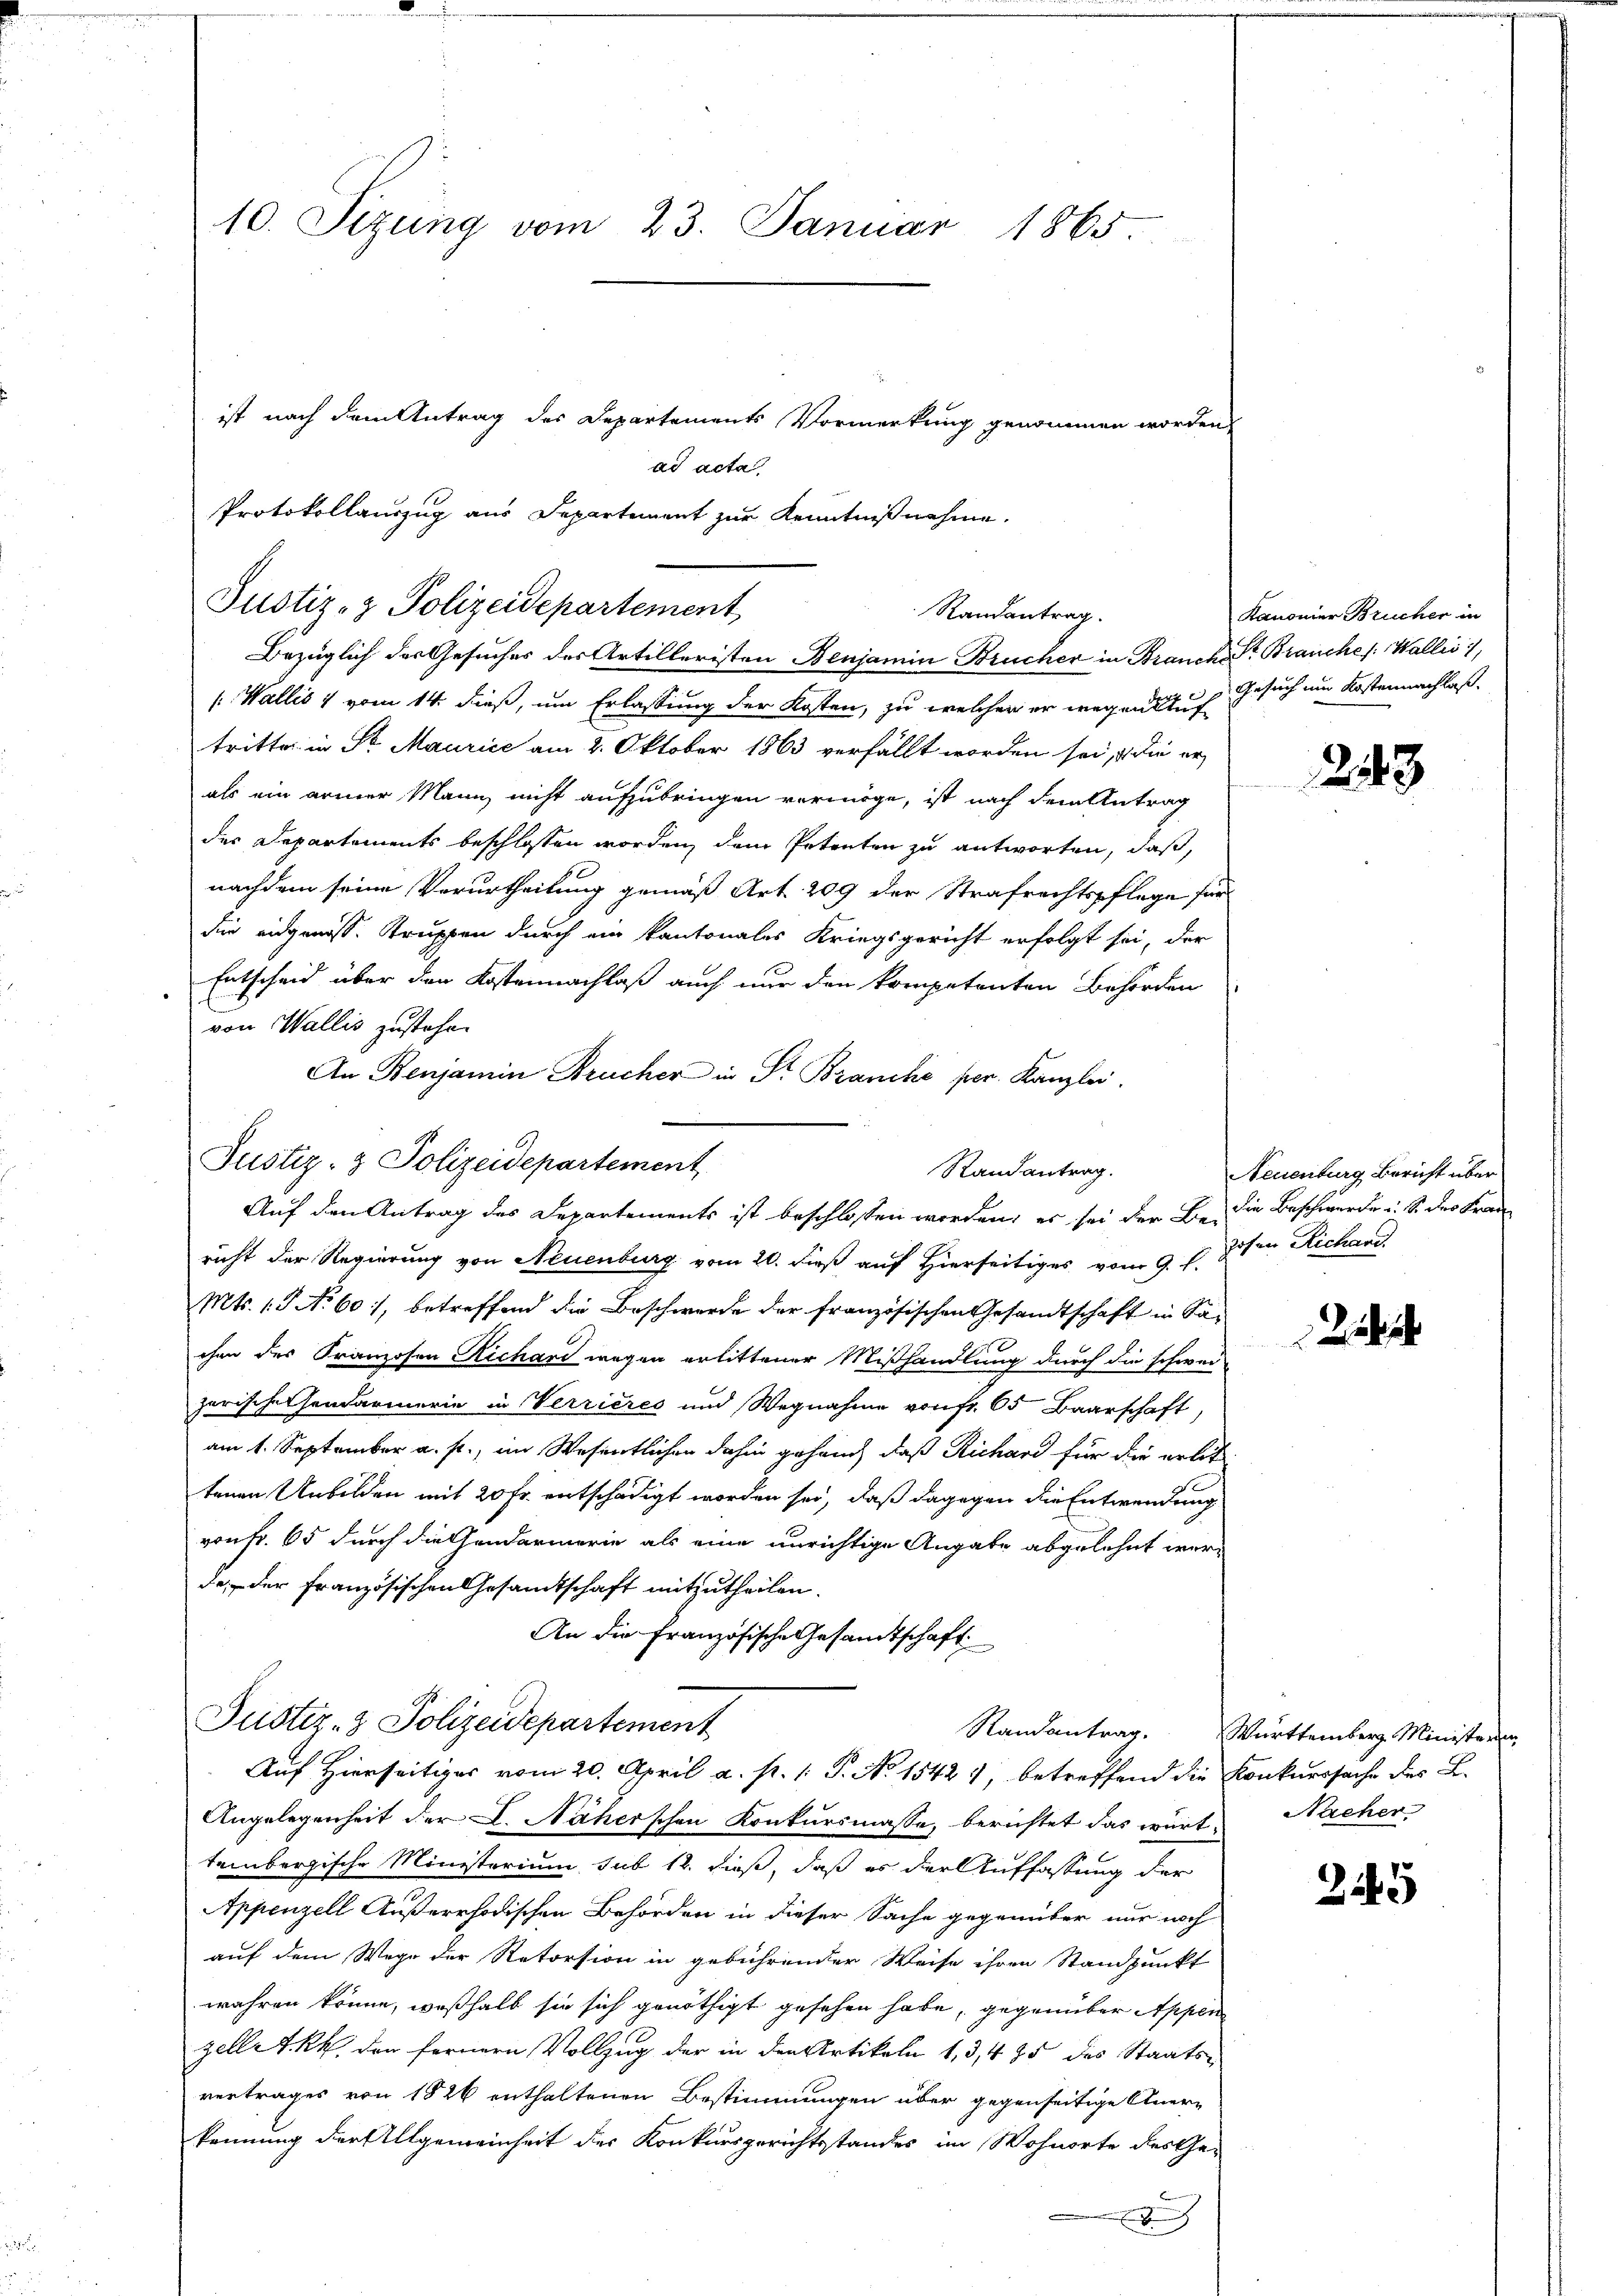
10. Sizung vom 23. Januar 1865.

ist nach dem Antrag des Departements Vormerkung genommen worden,
ad acta
Protokollauszug aus Departement zur Kenntnißnahme.
( Wallis 1 vom 14. dieß, um Erlassung der Kosten, zu welchen er wegenstes Gesuch und Kostennachlaß.
tritte in Sr. Maurice am 2. Oktober 1863 verfällt worden sei, u. die er
als ein armer Mann nicht aufzubringen vermöge, ist nach dem Antrag
der Departements beschlossen worden, dem Petenten zu antworten, daß
nachdem seine Verurtheilung gemäß Art. 209 der Strafrechtspflege für
die eidgenoss. Truppen durch ein kantonales Kriegsgericht erfolgt sei, der
Entscheid über den Kostennachlaß auch nur den kompetenten Behörden
von Wallis zustehe.
An Benjamin Brücher in Dr. Branche per. Kanzlei.
richt der Regierung von Neuenburg vom 20. dieß auf Hierseitiges vom 9. d. 8ten Richau
Mts. 13 No 601, betreffend die Beschwerde der französischen Gesandtschaft in Sachen des Franzosen Richard wegen erlittener Mißhandlung durch die schwei-
zerische Handarmerie in Verrieres und Wegnahme von fr. 65 Baarschaft,
am 1. September a. f., im Wesentlichen dahin gehang, daß Richard für die arbe
tenen Unbilden mit 20 Fr. entschädigt worden sei, daß dagegen die Entwendung
von Fr. 65 durch die Gendarmerie als eine unrichtige Angabe abgelehnt werde, der Französischen Gesandtschaft mitzutheilen.
An die Französische Gesandtschaft
Justiz- & Polizeidepartement
Auf Hierseitiges vom 20. April a. p. 1. P. No 1542 4, betreffend die Konkurssache des L.
Angelegenheit der L. Näherschen Konkursmasse, berichtet das württembergische Ministerium, sub 12. dieß, daß es der Auffassung der
Appenzell Außerrhodischen Behörden in dieser Sache gegenüber nur noch
auf dem Wege der Retorsion in gebührender Weise ihren Standpunkt
wahren könne, weßhalb sie sich genöthigt gesehen habe, gegenüber Appen
zelle T. kk. der fernern Vollzug der in den Artikeln 1, 3, 475 des Staats-
vertrages von 1826 enthaltenen Bestimmungen über gegenseitige Anerkennung der Allgemeinheit des Konkursgerichtsstandes im Wohnorte des Ge-
d

Justiz- & Polizeidepartement

Justiz- & Polizeidepartement
Randantrag.
Bezüglich der Gesuches des Artilleristen Benjamin Brucher in Brancher Brauches Wallis 1

Randantrag.
Auf den Antrag des Departements ist beschlossen worden, es sei der Be- die Beschwerde u. S. des Fran

Kanonier Brucher in

243

Neuenburg, Bericht über

Randantrag. Württemberg Ministeren
Nacher

25